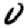
Digit: 0